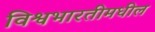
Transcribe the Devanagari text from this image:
विश्वभारतीमधील